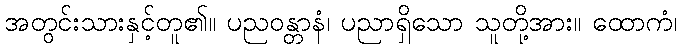
အတွင်းသားနှင့်တူ၏။ ပညဝန္တာနံ၊ ပညာရှိသော သူတို့အား။ ထောကံ၊